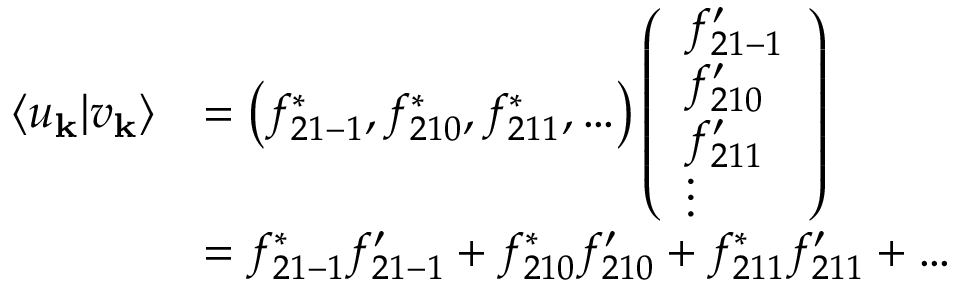
\begin{array} { r l } { \langle u _ { \mathbf { k } } | v _ { \mathbf { k } } \rangle } & { = \left( f _ { 2 1 - 1 } ^ { * } , f _ { 2 1 0 } ^ { * } , f _ { 2 1 1 } ^ { * } , \ldots \right) \left( \begin{array} { l } { f _ { 2 1 - 1 } ^ { \prime } } \\ { f _ { 2 1 0 } ^ { \prime } } \\ { f _ { 2 1 1 } ^ { \prime } } \\ { \vdots } \end{array} \right) } \\ & { = f _ { 2 1 - 1 } ^ { * } f _ { 2 1 - 1 } ^ { \prime } + f _ { 2 1 0 } ^ { * } f _ { 2 1 0 } ^ { \prime } + f _ { 2 1 1 } ^ { * } f _ { 2 1 1 } ^ { \prime } + \ldots } \end{array}